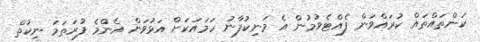
ކަންތައްތައް ކުރައްވަން ފެއްޓެވުމުން އެ މަނިކުފާނު ހަމައަކަށް އަޅުވަން އެންމެ ފުރަތަމަ ނިކުތް